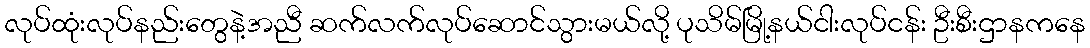
လုပ်ထုံးလုပ်နည်းတွေနဲ့အညီ ဆက်လက်လုပ်ဆောင်သွားမယ်လို့ ပုသိမ်မြို့နယ်ငါးလုပ်ငန်း ဦးစီးဌာနကနေ